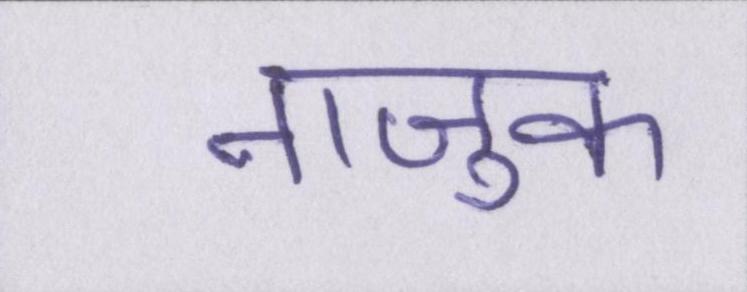
नाजुक